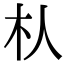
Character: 朲